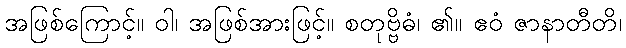
အဖြစ်ကြောင့်။ ဝါ၊ အဖြစ်အားဖြင့်။ စတုဗ္ဗိဓံ၊ ၏။ ဧဝံ ဇာနာတီတိ၊